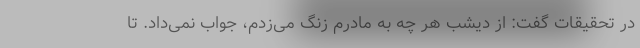
در تحقیقات گفت: از دیشب هر چه به مادرم زنگ می‌زدم، جواب نمی‌داد. تا